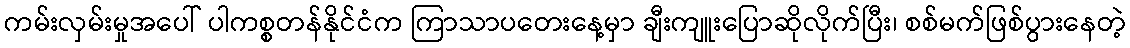
ကမ်းလှမ်းမှုအပေါ် ပါကစ္စတန်နိုင်ငံက ကြာသာပတေးနေ့မှာ ချီးကျူးပြောဆိုလိုက်ပြီး၊ စစ်မက်ဖြစ်ပွားနေတဲ့